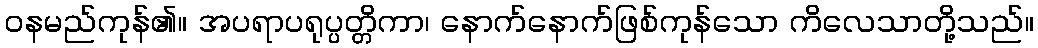
ဝနမည်ကုန်၏။ အပရာပရုပ္ပတ္တိကာ၊ နောက်နောက်ဖြစ်ကုန်သော ကိလေသာတို့သည်။